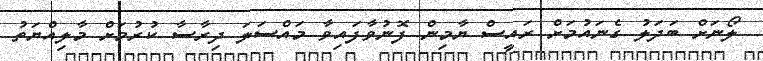
ލޯނަށް ބަދަލު ގެނައުމަށް ރައީސް ޔާމިން ފޮނުވާފައިވާ މައްސަލަ ދިރާސާ ކުރުމަށް މާލިއްޔަތު